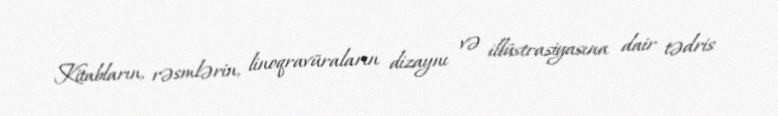
Kitabların, rəsmlərin, linoqravüraların dizaynı və illüstrasiyasına dair tədris